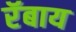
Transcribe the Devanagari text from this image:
रॅबाय